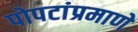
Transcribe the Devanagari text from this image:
पोपटांप्रमाणे